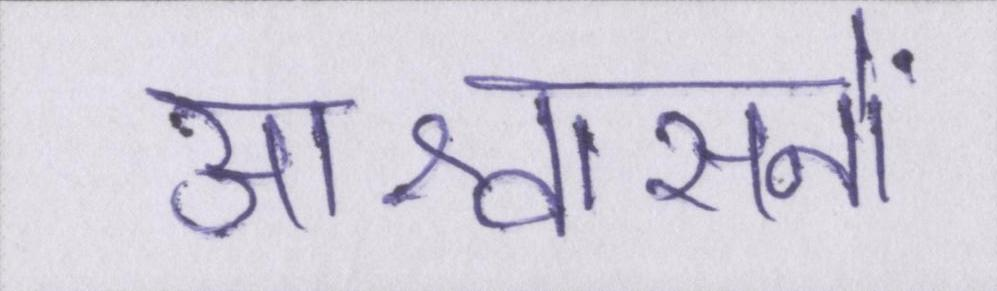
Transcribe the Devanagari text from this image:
आश्वासनों